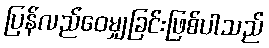
ပြန်လည်ဝေမျှခြင်းဖြစ်ပါသည်